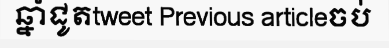
ឆ្នាំជូតtweet Previous articleចប់